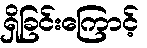
ရှိခြင်းကြောင့်